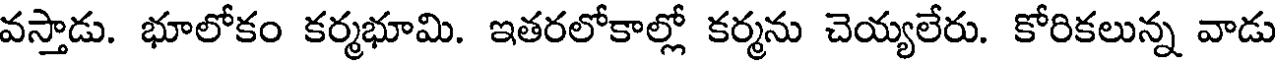
వస్తాడు. భూలోకం కర్మభూమి. ఇతరలోకాల్లో కర్మను చెయ్యలేరు. కోరికలున్న వాడు